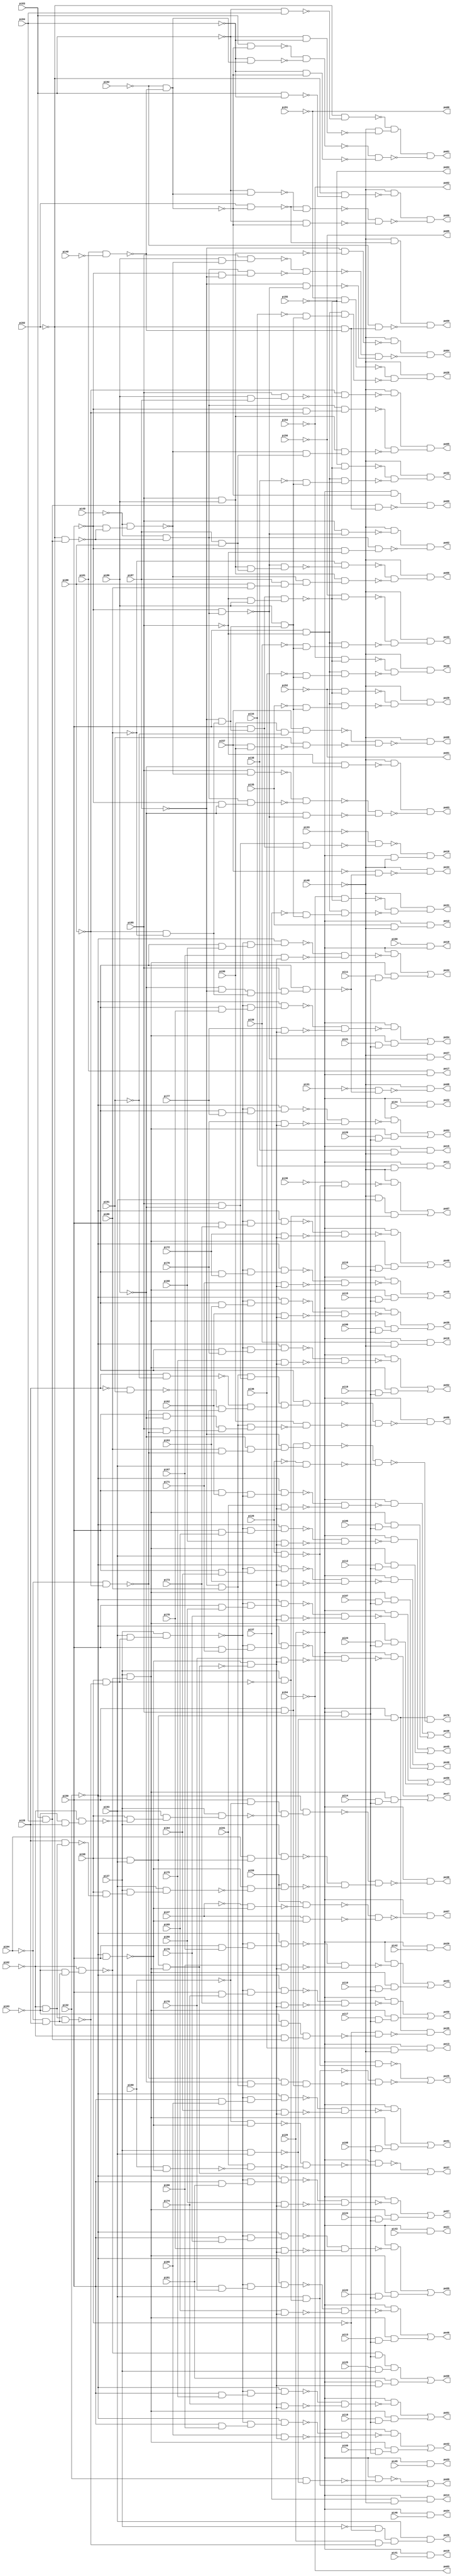
// Benchmark "x4" written by ABC on Sun Apr 22 21:43:16 2018

module x4 ( 
    pi00, pi01, pi02, pi03, pi04, pi05, pi06, pi07, pi08, pi09, pi10, pi11,
    pi12, pi13, pi14, pi15, pi16, pi17, pi18, pi19, pi20, pi21, pi22, pi23,
    pi24, pi25, pi26, pi27, pi28, pi29, pi30, pi31, pi32, pi33, pi34, pi35,
    pi36, pi37, pi38, pi39, pi40, pi41, pi42, pi43, pi44, pi45, pi46, pi47,
    pi48, pi49, pi50, pi51, pi52, pi53, pi54, pi55, pi56, pi57, pi58, pi59,
    pi60, pi61, pi62, pi63, pi64, pi65, pi66, pi67, pi68, pi69, pi70, pi71,
    pi72, pi73, pi74, pi75, pi76, pi77, pi78, pi79, pi80, pi81, pi82, pi83,
    pi84, pi85, pi86, pi87, pi88, pi89, pi90, pi91, pi92, pi93,
    po00, po01, po02, po03, po04, po05, po06, po07, po08, po09, po10, po11,
    po12, po13, po14, po15, po16, po17, po18, po19, po20, po21, po22, po23,
    po24, po25, po26, po27, po28, po29, po30, po31, po32, po33, po34, po35,
    po36, po37, po38, po39, po40, po41, po42, po43, po44, po45, po46, po47,
    po48, po49, po50, po51, po52, po53, po54, po55, po56, po57, po58, po59,
    po60, po61, po62, po63, po64, po65, po66, po67, po68, po69, po70  );
  input  pi00, pi01, pi02, pi03, pi04, pi05, pi06, pi07, pi08, pi09,
    pi10, pi11, pi12, pi13, pi14, pi15, pi16, pi17, pi18, pi19, pi20, pi21,
    pi22, pi23, pi24, pi25, pi26, pi27, pi28, pi29, pi30, pi31, pi32, pi33,
    pi34, pi35, pi36, pi37, pi38, pi39, pi40, pi41, pi42, pi43, pi44, pi45,
    pi46, pi47, pi48, pi49, pi50, pi51, pi52, pi53, pi54, pi55, pi56, pi57,
    pi58, pi59, pi60, pi61, pi62, pi63, pi64, pi65, pi66, pi67, pi68, pi69,
    pi70, pi71, pi72, pi73, pi74, pi75, pi76, pi77, pi78, pi79, pi80, pi81,
    pi82, pi83, pi84, pi85, pi86, pi87, pi88, pi89, pi90, pi91, pi92, pi93;
  output po00, po01, po02, po03, po04, po05, po06, po07, po08, po09, po10,
    po11, po12, po13, po14, po15, po16, po17, po18, po19, po20, po21, po22,
    po23, po24, po25, po26, po27, po28, po29, po30, po31, po32, po33, po34,
    po35, po36, po37, po38, po39, po40, po41, po42, po43, po44, po45, po46,
    po47, po48, po49, po50, po51, po52, po53, po54, po55, po56, po57, po58,
    po59, po60, po61, po62, po63, po64, po65, po66, po67, po68, po69, po70;
  wire n166, n167, n168, n169, n170, n171, n172, n173, n174, n175, n176,
    n177, n178, n179, n180, n181, n183, n184, n185, n186, n187, n188, n189,
    n190, n191, n192, n194, n195, n196, n197, n198, n199, n201, n202, n203,
    n204, n206, n207, n208, n209, n210, n212, n214, n216, n218, n220, n222,
    n232, n233, n234, n235, n236, n237, n239, n240, n241, n243, n244, n245,
    n246, n248, n249, n250, n251, n252, n253, n254, n255, n257, n258, n259,
    n260, n262, n263, n264, n265, n267, n268, n269, n270, n272, n273, n274,
    n275, n277, n278, n279, n280, n282, n284, n285, n286, n287, n288, n290,
    n291, n292, n293, n294, n295, n296, n297, n298, n299, n300, n301, n302,
    n303, n304, n305, n306, n307, n308, n309, n311, n312, n313, n314, n315,
    n316, n317, n318, n319, n321, n322, n323, n324, n325, n326, n327, n328,
    n329, n330, n331, n332, n334, n335, n336, n337, n338, n339, n340, n341,
    n343, n344, n345, n346, n347, n348, n349, n350, n352, n353, n354, n355,
    n356, n357, n358, n359, n361, n362, n363, n364, n365, n366, n367, n368,
    n370, n371, n372, n373, n374, n375, n376, n377, n379, n380, n381, n382,
    n383, n384, n385, n386, n388, n389, n390, n391, n392, n393, n394, n395,
    n397, n398, n399, n400, n401, n402, n403, n404, n406, n407, n408, n409,
    n410, n411, n412, n413, n415, n416, n417, n418, n419, n420, n421, n422,
    n424, n425, n426, n427, n428, n429, n430, n431, n433, n434, n435, n436,
    n437, n438, n439, n440, n442, n443, n444, n445, n446, n447, n448, n449,
    n451, n452, n453, n454, n455, n456, n457, n458, n460, n461, n462, n463,
    n464, n465, n466, n467, n469, n470, n471, n472, n473, n474, n475, n476,
    n478, n479, n480, n481, n482, n483, n484, n485, n487, n488, n489, n490,
    n491, n492, n493, n494, n496, n497, n498, n499, n500, n501, n502, n503,
    n505, n506, n507, n508, n509, n511, n512, n513, n514, n515, n516, n518,
    n519, n520, n521, n522, n523, n524, n526, n527, n528, n529, n530, n531,
    n532, n533, n534, n535, n537, n538, n539, n540, n542, n543, n544, n545,
    n546, n547, n548, n549, n550, n551, n553, n554, n555, n556, n557, n558,
    n559, n560, n561, n562, n564, n565, n566, n567, n568, n569, n570, n571,
    n572, n573, n575, n576, n577, n578, n579, n580, n581, n582, n584, n585,
    n586, n587, n589, n590, n591, n592, n593, n595, n596, n598, n599, n600,
    n601, n602, n603;
  assign n166 = ~pi87 & pi89;
  assign n167 = pi85 & ~pi86;
  assign n168 = n166 & n167;
  assign n169 = pi28 & ~pi91;
  assign n170 = ~pi28 & pi91;
  assign n171 = ~pi04 & ~pi88;
  assign n172 = ~n170 & ~n171;
  assign n173 = ~n169 & n172;
  assign n174 = pi50 & ~pi86;
  assign n175 = pi85 & ~n171;
  assign n176 = n174 & n175;
  assign n177 = n166 & n176;
  assign n178 = n168 & n173;
  assign n179 = pi50 & n178;
  assign n180 = pi90 & ~n177;
  assign n181 = ~n179 & ~n180;
  assign po06 = ~pi29 & ~n181;
  assign n183 = ~pi02 & ~pi03;
  assign n184 = ~pi04 & pi28;
  assign n185 = n183 & n184;
  assign n186 = pi58 & ~n185;
  assign n187 = pi26 & pi93;
  assign n188 = ~pi30 & ~n187;
  assign n189 = ~pi48 & ~n188;
  assign n190 = ~pi48 & pi93;
  assign n191 = pi27 & ~n186;
  assign n192 = n190 & n191;
  assign po07 = n189 | n192;
  assign n194 = ~pi86 & ~pi87;
  assign n195 = ~pi88 & ~pi89;
  assign n196 = n194 & n195;
  assign n197 = pi85 & n196;
  assign n198 = pi50 & n197;
  assign n199 = ~pi31 & ~n198;
  assign po08 = ~pi48 & ~n199;
  assign n201 = pi27 & pi93;
  assign n202 = pi32 & ~n201;
  assign n203 = ~pi29 & ~n202;
  assign n204 = pi93 & n191;
  assign po09 = ~n203 | n204;
  assign n206 = ~pi87 & n195;
  assign n207 = pi50 & n206;
  assign n208 = n167 & n207;
  assign n209 = ~pi33 & ~n208;
  assign n210 = ~pi29 & ~pi48;
  assign po10 = ~n209 & n210;
  assign n212 = pi34 & ~pi48;
  assign po11 = ~pi29 & n212;
  assign n214 = pi35 & ~pi48;
  assign po12 = ~pi29 & n214;
  assign n216 = pi36 & ~pi48;
  assign po13 = ~pi29 & n216;
  assign n218 = pi37 & ~pi48;
  assign po14 = ~pi29 & n218;
  assign n220 = pi38 & ~pi48;
  assign po15 = ~pi29 & n220;
  assign n222 = pi39 & ~pi48;
  assign po16 = ~pi29 & n222;
  assign po17 = pi01 & ~pi29;
  assign po18 = pi00 & ~pi29;
  assign po19 = ~pi29 & pi41;
  assign po20 = ~pi29 & pi42;
  assign po21 = ~pi29 & pi43;
  assign po22 = ~pi29 & pi44;
  assign po23 = ~pi29 & pi45;
  assign po24 = ~pi29 & pi46;
  assign n232 = ~pi86 & n166;
  assign n233 = ~pi29 & ~n187;
  assign n234 = ~n171 & n232;
  assign n235 = pi50 & pi85;
  assign n236 = n234 & n235;
  assign n237 = ~n204 & ~n236;
  assign po25 = ~n233 | ~n237;
  assign n239 = ~pi27 & ~pi58;
  assign n240 = pi29 & ~n185;
  assign n241 = n239 & n240;
  assign po26 = pi93 & n241;
  assign n243 = pi83 & pi84;
  assign n244 = ~pi82 & n243;
  assign n245 = ~pi49 & ~n244;
  assign n246 = ~pi50 & n245;
  assign po27 = ~pi48 & ~n246;
  assign n248 = pi86 & n206;
  assign n249 = ~pi85 & pi86;
  assign n250 = n207 & n249;
  assign n251 = ~pi51 & ~n250;
  assign n252 = pi50 & ~pi85;
  assign n253 = ~pi34 & n248;
  assign n254 = n252 & n253;
  assign n255 = ~n251 & ~n254;
  assign po28 = ~pi48 & n255;
  assign n257 = ~pi52 & ~n250;
  assign n258 = ~pi35 & n248;
  assign n259 = n252 & n258;
  assign n260 = ~n257 & ~n259;
  assign po29 = ~pi48 & n260;
  assign n262 = ~pi53 & ~n250;
  assign n263 = ~pi36 & n248;
  assign n264 = n252 & n263;
  assign n265 = ~n262 & ~n264;
  assign po30 = ~pi48 & n265;
  assign n267 = ~pi54 & ~n250;
  assign n268 = ~pi37 & n248;
  assign n269 = n252 & n268;
  assign n270 = ~n267 & ~n269;
  assign po31 = ~pi48 & n270;
  assign n272 = ~pi55 & ~n250;
  assign n273 = ~pi38 & n248;
  assign n274 = n252 & n273;
  assign n275 = ~n272 & ~n274;
  assign po32 = ~pi48 & n275;
  assign n277 = ~pi56 & ~n250;
  assign n278 = ~pi39 & n248;
  assign n279 = n252 & n278;
  assign n280 = ~n277 & ~n279;
  assign po33 = ~pi48 & n280;
  assign n282 = ~pi57 & ~n198;
  assign po34 = ~pi48 & ~n282;
  assign n284 = ~pi03 & ~pi82;
  assign n285 = ~pi02 & n243;
  assign n286 = n284 & n285;
  assign n287 = ~pi29 & ~n201;
  assign n288 = ~pi58 & ~n286;
  assign po35 = n287 & ~n288;
  assign n290 = pi50 & ~pi60;
  assign n291 = ~pi03 & pi28;
  assign n292 = ~pi02 & n291;
  assign n293 = pi58 & ~n292;
  assign n294 = pi93 & n293;
  assign n295 = pi27 & n294;
  assign n296 = pi58 & pi93;
  assign n297 = ~pi32 & pi50;
  assign n298 = pi28 & n183;
  assign n299 = pi58 & ~n298;
  assign n300 = pi27 & n299;
  assign n301 = pi93 & n300;
  assign n302 = ~n297 & ~n301;
  assign n303 = n290 & ~n295;
  assign n304 = ~pi32 & n303;
  assign n305 = pi04 & n296;
  assign n306 = pi27 & n305;
  assign n307 = pi59 & n302;
  assign n308 = ~n306 & ~n307;
  assign n309 = ~n304 & n308;
  assign po36 = ~pi29 & ~n309;
  assign n311 = ~pi03 & n184;
  assign n312 = ~pi02 & n311;
  assign n313 = ~pi60 & ~n297;
  assign n314 = pi60 & ~n297;
  assign n315 = pi61 & ~n314;
  assign n316 = ~n313 & ~n315;
  assign n317 = ~pi29 & ~n316;
  assign n318 = pi27 & ~n312;
  assign n319 = n296 & n318;
  assign po37 = ~n317 | n319;
  assign n321 = ~pi29 & n296;
  assign n322 = pi50 & pi62;
  assign n323 = pi93 & n186;
  assign n324 = pi27 & n323;
  assign n325 = ~n297 & ~n319;
  assign n326 = n322 & ~n324;
  assign n327 = ~pi32 & n326;
  assign n328 = pi61 & n325;
  assign n329 = ~n327 & ~n328;
  assign n330 = ~pi29 & ~n329;
  assign n331 = pi05 & n321;
  assign n332 = n318 & n331;
  assign po38 = n330 | n332;
  assign n334 = pi50 & pi63;
  assign n335 = ~n324 & n334;
  assign n336 = ~pi32 & n335;
  assign n337 = pi62 & n325;
  assign n338 = ~n336 & ~n337;
  assign n339 = ~pi29 & ~n338;
  assign n340 = pi06 & n321;
  assign n341 = n318 & n340;
  assign po39 = n339 | n341;
  assign n343 = pi50 & pi64;
  assign n344 = ~n324 & n343;
  assign n345 = ~pi32 & n344;
  assign n346 = pi63 & n325;
  assign n347 = ~n345 & ~n346;
  assign n348 = ~pi29 & ~n347;
  assign n349 = pi07 & n321;
  assign n350 = n318 & n349;
  assign po40 = n348 | n350;
  assign n352 = pi50 & pi65;
  assign n353 = ~n324 & n352;
  assign n354 = ~pi32 & n353;
  assign n355 = pi64 & n325;
  assign n356 = ~n354 & ~n355;
  assign n357 = ~pi29 & ~n356;
  assign n358 = pi08 & n321;
  assign n359 = n318 & n358;
  assign po41 = n357 | n359;
  assign n361 = pi50 & pi66;
  assign n362 = ~n324 & n361;
  assign n363 = ~pi32 & n362;
  assign n364 = pi65 & n325;
  assign n365 = ~n363 & ~n364;
  assign n366 = ~pi29 & ~n365;
  assign n367 = pi09 & n321;
  assign n368 = n318 & n367;
  assign po42 = n366 | n368;
  assign n370 = pi50 & pi67;
  assign n371 = ~n324 & n370;
  assign n372 = ~pi32 & n371;
  assign n373 = pi66 & n325;
  assign n374 = ~n372 & ~n373;
  assign n375 = ~pi29 & ~n374;
  assign n376 = pi10 & n321;
  assign n377 = n318 & n376;
  assign po43 = n375 | n377;
  assign n379 = pi50 & pi68;
  assign n380 = ~n324 & n379;
  assign n381 = ~pi32 & n380;
  assign n382 = pi67 & n325;
  assign n383 = ~n381 & ~n382;
  assign n384 = ~pi29 & ~n383;
  assign n385 = pi11 & n321;
  assign n386 = n318 & n385;
  assign po44 = n384 | n386;
  assign n388 = pi50 & pi69;
  assign n389 = ~n324 & n388;
  assign n390 = ~pi32 & n389;
  assign n391 = pi68 & n325;
  assign n392 = ~n390 & ~n391;
  assign n393 = ~pi29 & ~n392;
  assign n394 = pi12 & n321;
  assign n395 = n318 & n394;
  assign po45 = n393 | n395;
  assign n397 = pi50 & pi70;
  assign n398 = ~n324 & n397;
  assign n399 = ~pi32 & n398;
  assign n400 = pi69 & n325;
  assign n401 = ~n399 & ~n400;
  assign n402 = ~pi29 & ~n401;
  assign n403 = pi13 & n321;
  assign n404 = n318 & n403;
  assign po46 = n402 | n404;
  assign n406 = pi50 & pi71;
  assign n407 = ~n324 & n406;
  assign n408 = ~pi32 & n407;
  assign n409 = pi70 & n325;
  assign n410 = ~n408 & ~n409;
  assign n411 = ~pi29 & ~n410;
  assign n412 = pi14 & n321;
  assign n413 = n318 & n412;
  assign po47 = n411 | n413;
  assign n415 = pi50 & pi72;
  assign n416 = ~n324 & n415;
  assign n417 = ~pi32 & n416;
  assign n418 = pi71 & n325;
  assign n419 = ~n417 & ~n418;
  assign n420 = ~pi29 & ~n419;
  assign n421 = pi15 & n321;
  assign n422 = n318 & n421;
  assign po48 = n420 | n422;
  assign n424 = pi50 & pi73;
  assign n425 = ~n324 & n424;
  assign n426 = ~pi32 & n425;
  assign n427 = pi72 & n325;
  assign n428 = ~n426 & ~n427;
  assign n429 = ~pi29 & ~n428;
  assign n430 = pi16 & n321;
  assign n431 = n318 & n430;
  assign po49 = n429 | n431;
  assign n433 = pi50 & pi74;
  assign n434 = ~n324 & n433;
  assign n435 = ~pi32 & n434;
  assign n436 = pi73 & n325;
  assign n437 = ~n435 & ~n436;
  assign n438 = ~pi29 & ~n437;
  assign n439 = pi17 & n321;
  assign n440 = n318 & n439;
  assign po50 = n438 | n440;
  assign n442 = pi50 & pi75;
  assign n443 = ~n324 & n442;
  assign n444 = ~pi32 & n443;
  assign n445 = pi74 & n325;
  assign n446 = ~n444 & ~n445;
  assign n447 = ~pi29 & ~n446;
  assign n448 = pi18 & n321;
  assign n449 = n318 & n448;
  assign po51 = n447 | n449;
  assign n451 = pi50 & pi76;
  assign n452 = ~n324 & n451;
  assign n453 = ~pi32 & n452;
  assign n454 = pi75 & n325;
  assign n455 = ~n453 & ~n454;
  assign n456 = ~pi29 & ~n455;
  assign n457 = pi19 & n321;
  assign n458 = n318 & n457;
  assign po52 = n456 | n458;
  assign n460 = pi50 & pi77;
  assign n461 = ~n324 & n460;
  assign n462 = ~pi32 & n461;
  assign n463 = pi76 & n325;
  assign n464 = ~n462 & ~n463;
  assign n465 = ~pi29 & ~n464;
  assign n466 = pi20 & n321;
  assign n467 = n318 & n466;
  assign po53 = n465 | n467;
  assign n469 = pi50 & pi78;
  assign n470 = ~n324 & n469;
  assign n471 = ~pi32 & n470;
  assign n472 = pi77 & n325;
  assign n473 = ~n471 & ~n472;
  assign n474 = ~pi29 & ~n473;
  assign n475 = pi21 & n321;
  assign n476 = n318 & n475;
  assign po54 = n474 | n476;
  assign n478 = pi50 & pi79;
  assign n479 = ~n324 & n478;
  assign n480 = ~pi32 & n479;
  assign n481 = pi78 & n325;
  assign n482 = ~n480 & ~n481;
  assign n483 = ~pi29 & ~n482;
  assign n484 = pi22 & n321;
  assign n485 = n318 & n484;
  assign po55 = n483 | n485;
  assign n487 = pi50 & pi80;
  assign n488 = ~n324 & n487;
  assign n489 = ~pi32 & n488;
  assign n490 = pi79 & n325;
  assign n491 = ~n489 & ~n490;
  assign n492 = ~pi29 & ~n491;
  assign n493 = pi23 & n321;
  assign n494 = n318 & n493;
  assign po56 = n492 | n494;
  assign n496 = pi50 & pi81;
  assign n497 = ~n324 & n496;
  assign n498 = ~pi32 & n497;
  assign n499 = pi80 & n325;
  assign n500 = ~n498 & ~n499;
  assign n501 = ~pi29 & ~n500;
  assign n502 = pi24 & n321;
  assign n503 = n318 & n502;
  assign po57 = n501 | n503;
  assign n505 = ~n312 & n321;
  assign n506 = pi25 & pi27;
  assign n507 = n505 & n506;
  assign n508 = ~pi29 & n325;
  assign n509 = pi81 & n508;
  assign po58 = n507 | n509;
  assign n511 = pi01 & ~pi40;
  assign n512 = ~pi92 & ~n511;
  assign n513 = pi82 & ~n512;
  assign n514 = ~pi48 & ~n513;
  assign n515 = ~pi82 & ~n511;
  assign n516 = ~pi92 & n515;
  assign po59 = n514 & ~n516;
  assign n518 = pi83 & ~pi84;
  assign n519 = ~pi82 & ~n518;
  assign n520 = ~pi48 & ~n519;
  assign n521 = ~pi83 & n512;
  assign n522 = ~n513 & ~n521;
  assign n523 = ~pi83 & ~n512;
  assign n524 = ~n522 & ~n523;
  assign po60 = n520 & ~n524;
  assign n526 = ~pi83 & pi84;
  assign n527 = ~pi82 & ~n526;
  assign n528 = ~pi83 & ~pi84;
  assign n529 = ~pi48 & ~n528;
  assign n530 = ~n527 & n529;
  assign n531 = pi83 & ~n512;
  assign n532 = ~pi84 & n512;
  assign n533 = ~n531 & ~n532;
  assign n534 = ~pi84 & ~n512;
  assign n535 = ~n533 & ~n534;
  assign po61 = n530 & ~n535;
  assign n537 = pi85 & ~n246;
  assign n538 = ~pi48 & ~n537;
  assign n539 = ~pi50 & ~pi85;
  assign n540 = n245 & n539;
  assign po62 = n538 & ~n540;
  assign n542 = ~pi50 & ~n244;
  assign n543 = ~pi49 & n542;
  assign n544 = ~pi85 & ~pi86;
  assign n545 = ~pi48 & ~n544;
  assign n546 = pi85 & ~n543;
  assign n547 = ~pi50 & ~pi86;
  assign n548 = n245 & n547;
  assign n549 = ~n546 & ~n548;
  assign n550 = ~pi86 & ~n246;
  assign n551 = ~n549 & ~n550;
  assign po63 = n545 & ~n551;
  assign n553 = pi85 & pi86;
  assign n554 = ~pi87 & ~n553;
  assign n555 = ~pi48 & ~n554;
  assign n556 = pi86 & ~n543;
  assign n557 = pi85 & n556;
  assign n558 = ~pi50 & ~pi87;
  assign n559 = n245 & n558;
  assign n560 = ~n557 & ~n559;
  assign n561 = ~pi87 & ~n246;
  assign n562 = ~n560 & ~n561;
  assign po64 = n555 & ~n562;
  assign n564 = pi87 & pi88;
  assign n565 = pi86 & pi87;
  assign n566 = pi85 & n565;
  assign n567 = ~pi88 & ~n566;
  assign n568 = ~pi48 & ~n567;
  assign n569 = ~pi50 & ~pi88;
  assign n570 = n245 & n569;
  assign n571 = ~n543 & n564;
  assign n572 = n553 & n571;
  assign n573 = ~n570 & ~n572;
  assign po65 = n568 & n573;
  assign n575 = pi88 & pi89;
  assign n576 = pi87 & n575;
  assign n577 = n553 & n564;
  assign n578 = ~n246 & n577;
  assign n579 = ~pi89 & ~n578;
  assign n580 = ~n543 & n576;
  assign n581 = n553 & n580;
  assign n582 = ~n579 & ~n581;
  assign po66 = ~pi48 & n582;
  assign n584 = ~pi47 & ~n297;
  assign n585 = pi59 & ~n584;
  assign n586 = pi47 & ~n297;
  assign n587 = ~n585 & ~n586;
  assign po67 = ~pi29 & ~n587;
  assign n589 = pi90 & ~pi91;
  assign n590 = pi57 & n589;
  assign n591 = pi57 & pi90;
  assign n592 = pi91 & ~n591;
  assign n593 = ~n590 & ~n592;
  assign po68 = ~pi48 & ~n593;
  assign n595 = ~pi29 & ~n512;
  assign n596 = n243 & n515;
  assign po69 = n595 & ~n596;
  assign n598 = pi89 & ~n171;
  assign n599 = ~pi86 & n598;
  assign n600 = ~pi87 & n599;
  assign n601 = n235 & n600;
  assign n602 = ~pi26 & pi93;
  assign n603 = ~n601 & ~n602;
  assign po70 = n287 & ~n603;
  assign po00 = ~pi51;
  assign po01 = ~pi52;
  assign po02 = ~pi53;
  assign po03 = ~pi54;
  assign po04 = ~pi55;
  assign po05 = ~pi56;
endmodule